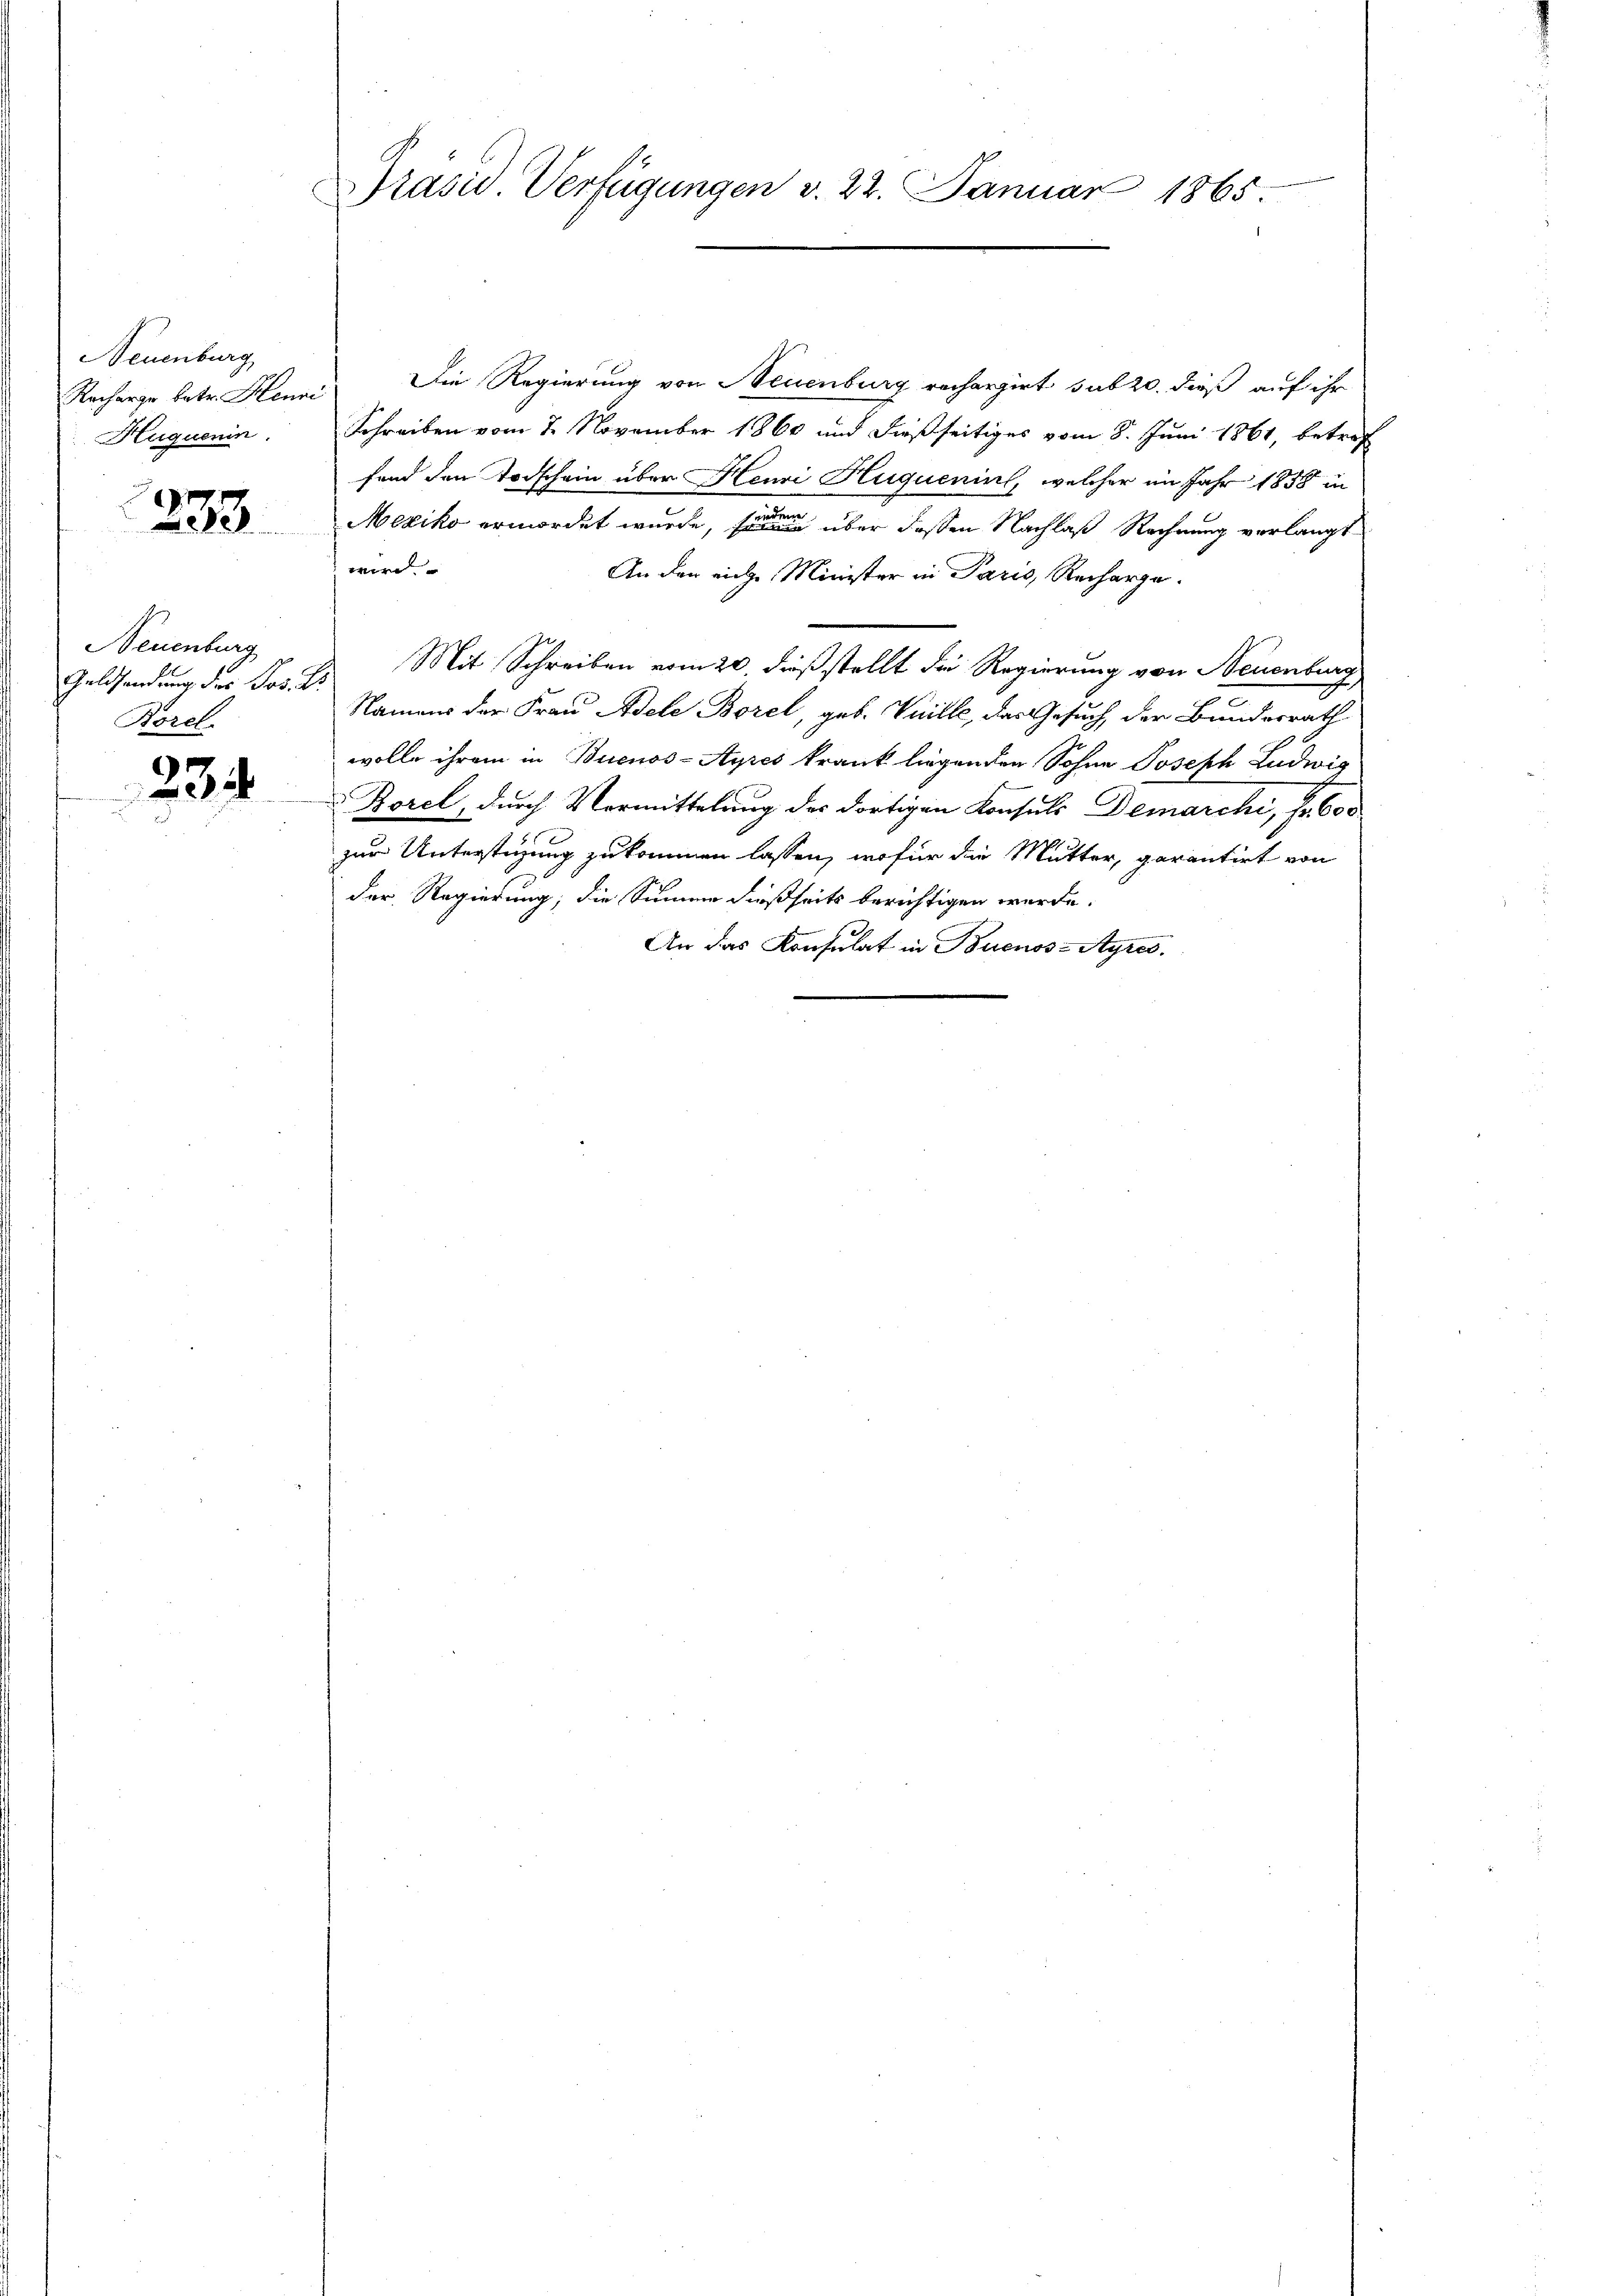
Neuenburg
Recharge betr. Henni
Huquenin.

233

Neuenburg
Geldsendung des Jos. Dr.
Borel

234.

Präsid. Verfügungen v. 22. Januar 1865

Die Regierung von Neuenburg rechargirt sub 20. dieß auf ihr
Schreiben vom 7. November 1860 und dießseitiges vom 8. Juni 1861, betref
fend den Todschein über Henri Huquenins, welcher im Jahr 1858 in
Mexiko ermordet wurde, sondern über deßen Nachlaß Rechnung verlangt
wird.
An den eiche Minister in Paris, Recharge.
Mit Schreiben vom 20 dieß stellt die Regierung von Neuenburg
e
Namens der Frau Adele Borel, geb. Vuille, das Gesuch der Bundesrath
wolle ihrem in Buenos-Ayres krank liegenden Sohne Joseph Ludwig
Borel, durch Vermittelung des dortigen Konsuls Demarchi, Fr. 600
51
zur Unterstüzung zukommen lassen, wofür die Mutter, garantirt von
der Regierung; die Summe dießseits berichtigen werde.
An das Konsulat in Buenos-Ayres.